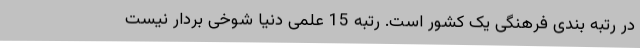
در رتبه بندی فرهنگی یک کشور است. رتبه 15 علمی دنیا شوخی بردار نیست